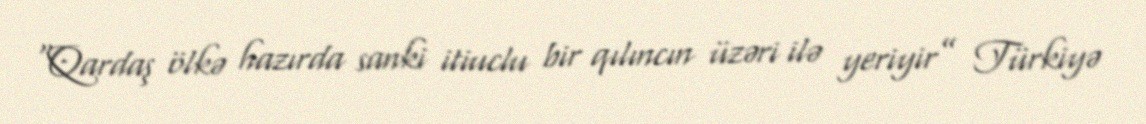
“Qardaş ölkə hazırda sanki itiuclu bir qılıncın üzəri ilə yeriyir” Türkiyə